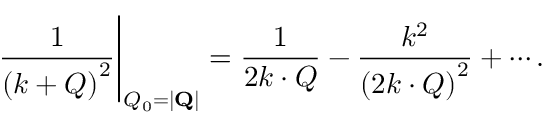
\left. \frac { 1 } { \left( k + Q \right) ^ { 2 } } \right| _ { Q _ { 0 } = | { \bf Q } | } = \frac { 1 } { 2 k \cdot Q } - \frac { k ^ { 2 } } { \left( 2 k \cdot Q \right) ^ { 2 } } + \cdots .